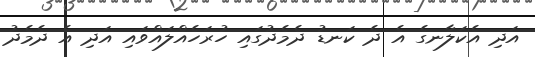
އަދި އެކަލާނގެ އެ ދެ ކަނޑު ދެމެދުގައި ހުރަހެއްލައްވައި އަދި އެ ދެމެދު